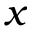
x